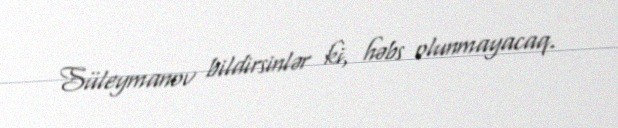
Süleymanov bildirsinlər ki, həbs olunmayacaq.